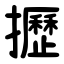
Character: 攊